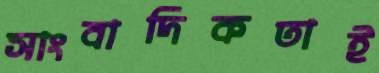
সাংবাদিকতাই